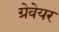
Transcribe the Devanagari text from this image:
ग्रेवेयर